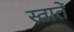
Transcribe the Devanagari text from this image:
स्तातें